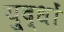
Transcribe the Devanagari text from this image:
यु्द्धों